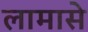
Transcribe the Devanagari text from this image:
लामासे